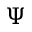
\boldsymbol { \Psi }